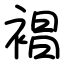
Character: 裮